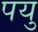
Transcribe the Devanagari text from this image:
पयु